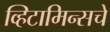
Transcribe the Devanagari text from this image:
व्हिटामिन्‍सचे